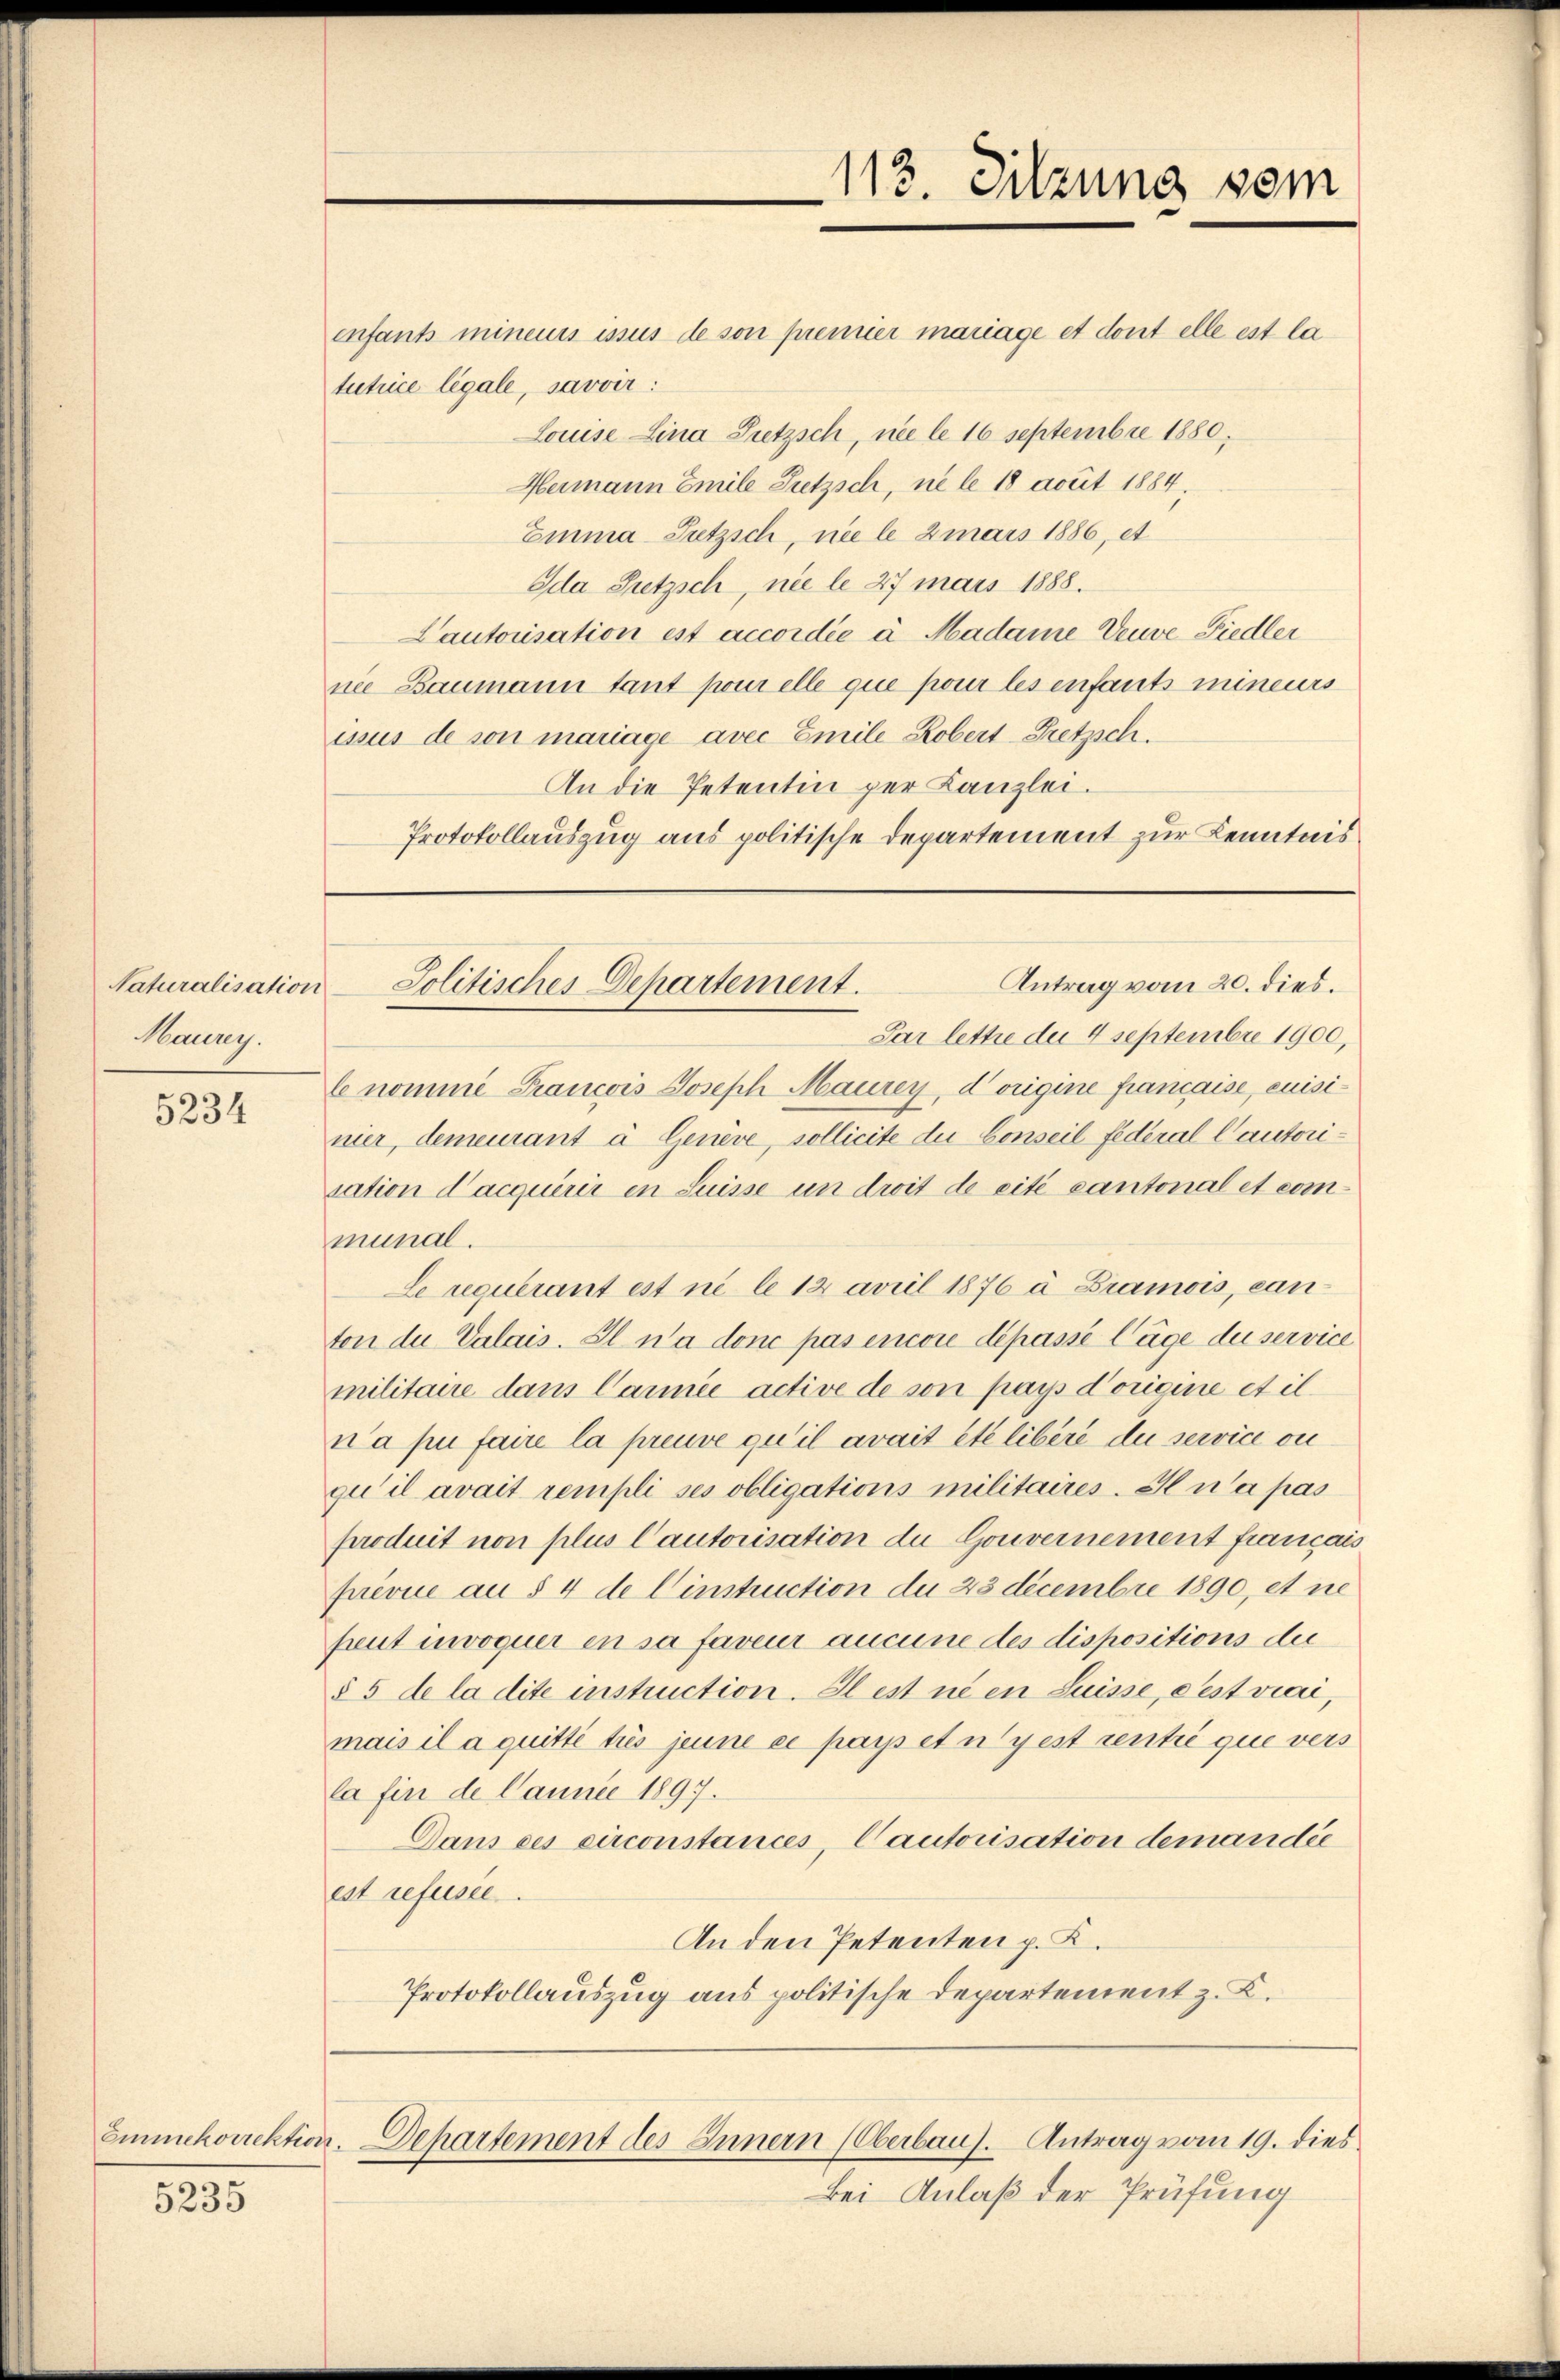
Naturalisation
Maurey.

5234

5235

enfants mineurs issus de son premier mariage et dont elle est la
tutrice légale, savvir:
Louise Lina Pretzsch, nie le 16 Septembre 1880,
Heimann Emile Pretzsch, ne le 18 acuit 1884.
Emma Sutzsch, ni le mars 1886, et
Ida Pretzsch, nie le 27 mars 1888.
Cautorisation est accordée à Madame Veuve Fiedler
nee Baumann tant pour elle que pour les enfants mineurs
asus de son mariage avec Emile Robert-Pretzsch.
An die Petentin per Kanzlei.
Protokollauszug aus politische Departement zur Kenntnis

Par lette der 4 Septembre 1900,
le nomme Francois Joseph Maurey, d’origine francaise, cuisinier, demeurant à Genève, sollicite die Conseil federal Cautorisation d’acquérir in Suisse un droit de cité cantonal et communal.
Le requerant ist ni le 12 avril 1876 à Bramois, canton du Valais. Il n’a donc pas encore dépasse läge dei service
militaire dans Cance active de son pays Vorigine et il
na pui faire la preuve qu’il avait été libere du service ou
qu’ il avait rempli ses obligations militaires. Il n’a pas
produit non plus Cautorisation du Gouvernement francais
privie au § 4 de Einstruction du 23 Decembre 1890, et ne
peut invoquer en sa faveur aucune des dispositions der
§ 5 de la dite instruction. Il est ni en Suisse, dest viai,
mais il a quitte trés jeune ce passet nyest rentie que vers
la fin de Jauner 1897.
Dans ces circonstances, Cautorisation demandée
est refuser
An den Petenten p. K.
Protokollauszug aus politische Departement z. K.

113. Sitzung vom

Antrag vom 20. dies.
Solitisches Departement.

Emmchoirektion. Departement des Innern (Oberbaus. Antrag vom 19. dies

Bei Anlaß der Prüfung